Annual report of the Imperial Bacteriological Laboratory, Muktesar
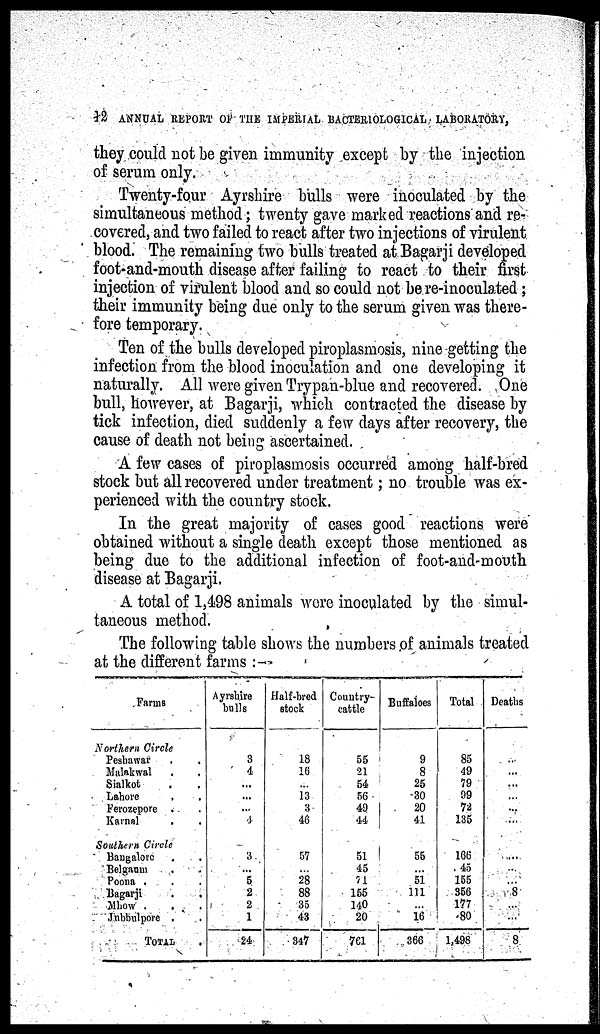
42 ANNUAL REPORT OF THE IMPERIAL BACTERIOLOGICAL LABORATORY,
they could not be given immunity except by the injection
of serum only.
Twenty-four Ayrshire bulls were inoculated by the
simultaneous method; twenty gave marked reactions and re-
covered, and two failed to react after two injections of virulent
blood. The remaining two bulls treated at Bagarji developed
foot-and-mouth disease after failing to react to their first
injection of virulent blood and so could not be re-inoculated;
their immunity being due only to the serum given was there-
fore temporary.
Ten of the bulls developed piroplasmosis, nine getting the
infection from the blood inoculation and one developing it
naturally. All were given Trypan-blue and recovered. One
bull, however, at Bagarji, which contracted the disease by
tick infection, died suddenly a few days after recovery, the
cause of death not being ascertained.
A few cases of piroplasmosis occurred among half-bred
stock but all recovered under treatment; no trouble was ex-
perienced with the country stock.
In the great majority of cases good reactions were
obtained without a single death except those mentioned as
being due to the additional infection of foot-and-mouth
disease at Bagarji.
A total of 1,498 animals were inoculated by the simul-
taneous method.
The following table shows the numbers of animals treated
at the different farms :-
Farms
Northern Circle
Peshawar
Malakwal
Sialkot
Lahore
Ferozepore .
Karnal
Southern Circle
Bangalore
Belgaum
Poona .
Bagarji
.
.
Mhow
.
.
Jubbulpore .
TOTAL.
Ayrshire
bulls
3
4
...
...
...
4
3
...
5
2
2
1
24
Half-bred
stock
18
16
...
13
3
46
57
...
28
88
35
43
347
Country¬
cattle
55
21
54
56
49
44
51
45
71
155
140
20
761
Buffaloes
9
8
25
30
20
41
55
...
51
111
...
16
366
Total
85
49
79
99
72
135
166
45
155
356
177
80
1,498
Deaths
...
...
...
...
...
....
...
...
...
8
...
...
8